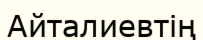
Айталиевтің